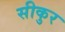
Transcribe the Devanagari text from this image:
सीकुर